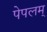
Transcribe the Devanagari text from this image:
पेपलम्